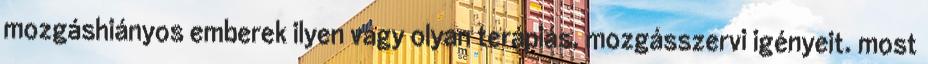
mozgáshiányos emberek ilyen vagy olyan terápiás, mozgásszervi igényeit. most